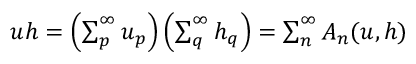
\begin{array} { r } { u h = \left( \sum _ { p } ^ { \infty } u _ { p } \right) \left( \sum _ { q } ^ { \infty } h _ { q } \right) = \sum _ { n } ^ { \infty } A _ { n } ( u , h ) } \end{array}